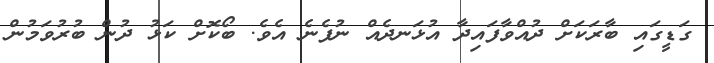
ގަޑީގައި ބާރަކަށް ދުއްވާފައިދާ އުޅަނދެއް ނުފެނެ އެވެ. ބޯކޮށް ކަޅު ދުން ބުރުވަމުން